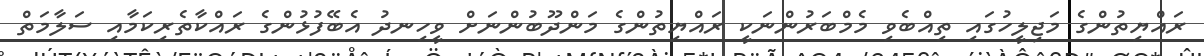
ރައްޔިތުންގެ މަޖިލީހުގައި ތިއްބެވި މެމްބަރުންނަކީ ރައްޔިތުންގެ މަންދޫބުންނަށް ވީހިނދު އެބޭފުޅުންގެ ރައްކާތެރިކަމާއި ސަލާމަތް